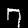
Digit: 7